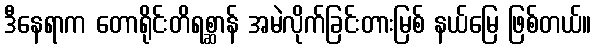
ဒီနေရာက တောရိုင်းတိရစ္ဆာန် အမဲလိုက်ခြင်းတားမြစ် နယ်မြေ ဖြစ်တယ်။